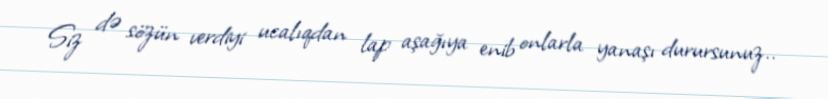
Siz də sözün verdiyi ucalıqdan lap aşağıya enib onlarla yanaşı durursunuz..